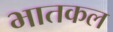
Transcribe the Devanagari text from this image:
भातकल